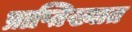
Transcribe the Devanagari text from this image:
प्राप्तिख्यात